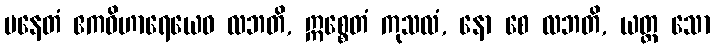
ပနေတံ ဧကဝိဟာရေယေဝ လဘတိ, ဣစ္စေတံ ကုသလံ, နော စေ လဘတိ, ယတ္ထ သော